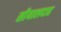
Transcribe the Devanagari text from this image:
सीयालदाह